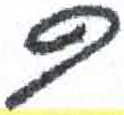
אות: ר